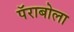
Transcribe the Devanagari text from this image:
पॅराबोला